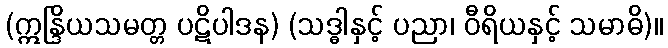
(ဣန္ဒြိယသမတ္တ ပဋိပါဒန) (သဒ္ဓါနှင့် ပညာ၊ ဝီရိယနှင့် သမာဓိ)။